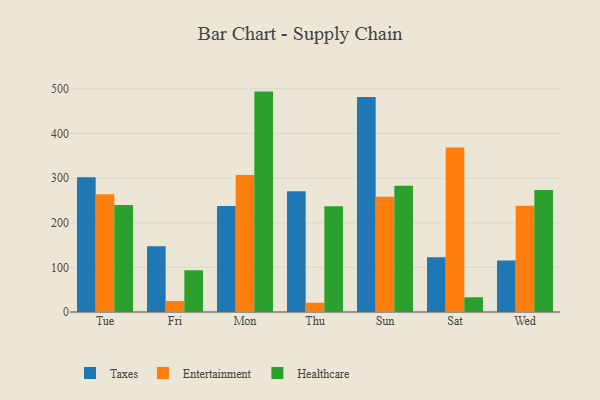
{"axis": {"x": "Day", "y": "LTV (USD)"}, "legend": ["Entertainment", "Healthcare", "Taxes"], "data": [{"x": "Tue", "y": 301.6, "type": "Taxes"}, {"x": "Tue", "y": 263.6, "type": "Entertainment"}, {"x": "Tue", "y": 239.5, "type": "Healthcare"}, {"x": "Fri", "y": 147.4, "type": "Taxes"}, {"x": "Fri", "y": 24.7, "type": "Entertainment"}, {"x": "Fri", "y": 93.5, "type": "Healthcare"}, {"x": "Mon", "y": 237.5, "type": "Taxes"}, {"x": "Mon", "y": 307.1, "type": "Entertainment"}, {"x": "Mon", "y": 493.7, "type": "Healthcare"}, {"x": "Thu", "y": 270.4, "type": "Taxes"}, {"x": "Thu", "y": 20.7, "type": "Entertainment"}, {"x": "Thu", "y": 236.9, "type": "Healthcare"}, {"x": "Sun", "y": 481.7, "type": "Taxes"}, {"x": "Sun", "y": 258.2, "type": "Entertainment"}, {"x": "Sun", "y": 282.8, "type": "Healthcare"}, {"x": "Sat", "y": 122.9, "type": "Taxes"}, {"x": "Sat", "y": 368.5, "type": "Entertainment"}, {"x": "Sat", "y": 33.0, "type": "Healthcare"}, {"x": "Wed", "y": 115.5, "type": "Taxes"}, {"x": "Wed", "y": 237.8, "type": "Entertainment"}, {"x": "Wed", "y": 273.1, "type": "Healthcare"}]}